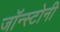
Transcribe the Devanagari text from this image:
जॉन्स्टोनी